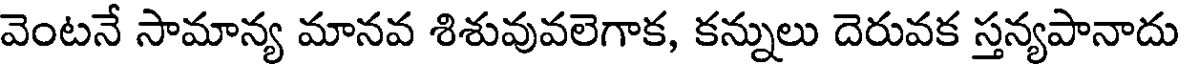
వెంటనే సామాన్య మానవ శిశువువలెగాక, కన్నులు దెరువక స్తన్యపానాదు